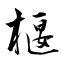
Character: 椻